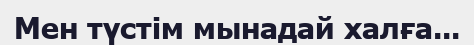
Мен түстім мынадай халға...